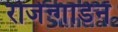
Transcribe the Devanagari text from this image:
रोजेन्गार्डन